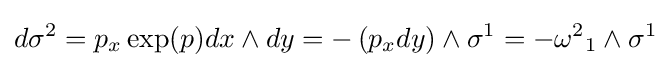
d\sigma ^{2}=p_{x}\exp(p)dx\wedge dy=-\left(p_{x}dy\right)\wedge \sigma ^{1}=-{\omega ^{2}}_{1}\wedge \sigma ^{1}